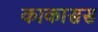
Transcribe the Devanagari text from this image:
काकासस